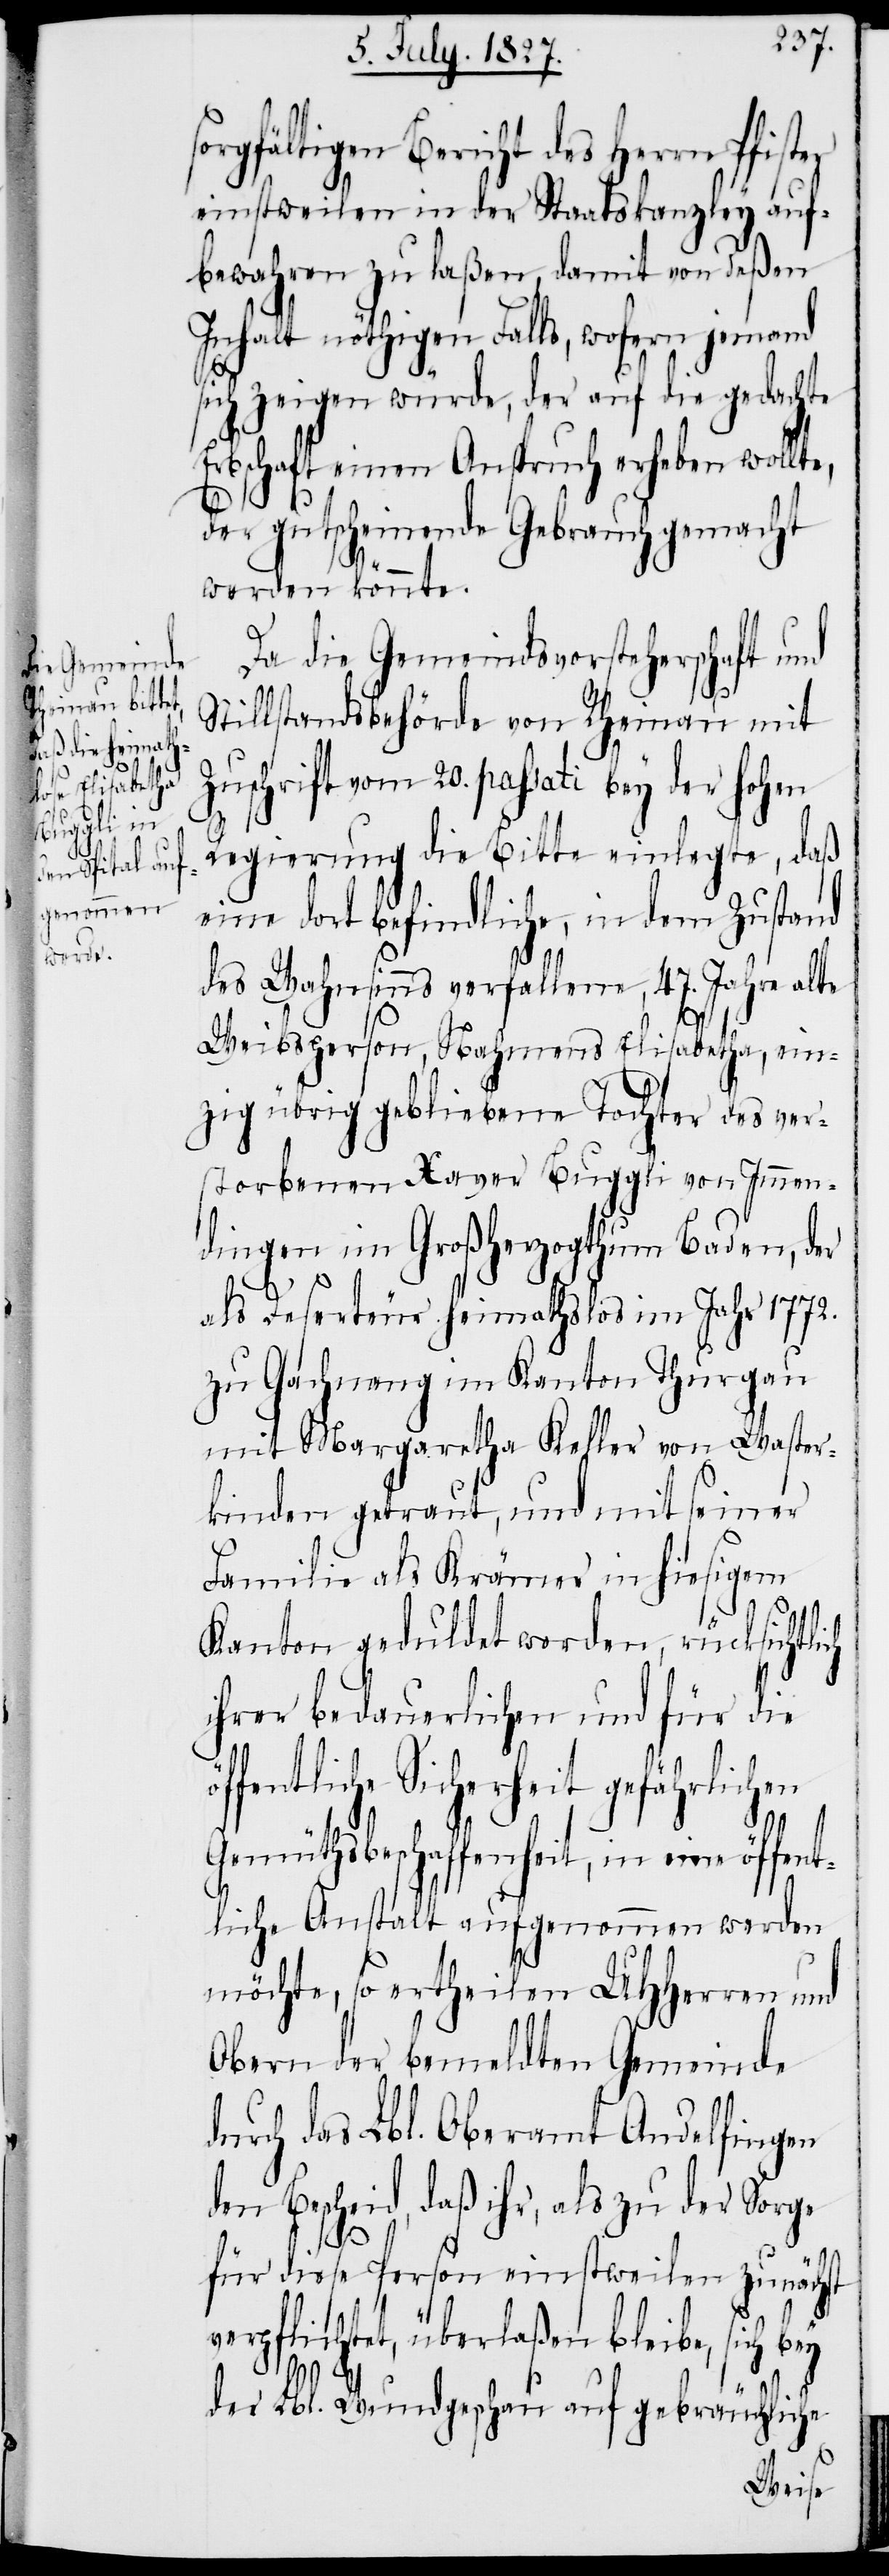
öffen¬

sorgfältigen Bericht des Herrn Pfister
einstweilen in der Staatskanzley auf¬
bewahren zu laßen, damit von deßen
Inhalt nöthigen Falls, wofern jemand
ch
sich zeigen würde, der auf die gedachte
Erbschaft einen Anspruch erheben wollte,
der gutscheinende Gebrauch gemacht
werden könnte.
Da die Gemeindsvorsteherschaft und
Stillstandsbehörde von Rheinau mit
Zuschrift vom 20. passati bey der hohen
Regierung die Bitte einlegte, daß
eine dort befindliche, in dem Zustand
des Wahnsinns verfallene 47. Jahre alte
Weibsperson, Nahmens Elisabetha, ein¬
zig übrig gebliebene Tochter des ver¬
storbenen Xaver Buggli von Immen¬
dingen im Großherzogthum Baden, der
als Deserteur heimathslos im Jahr 1771.
zu Gachnang im Kanton Thurgau
mit Margaretha Keller von Waster¬
kinden getraut, und mit seiner
Familie als Krämer in hiesigem
Kanton geduldet worden, rücksichtli¬
ihrer bedauerlichen und für die
fentliche Sicherheit gef¬
Gemüthsbeschaffenheit, in eine
tliche Anstalt aufgenommen werden
möchte, so ertheilen UHHerren und
Obern der bemeldten Gemeinde
durch das Lbl. Oberamt Andelfingen
den Bescheid, daß ihr, als zu der Sorge
für diese Person einstweilen zunächst
verpflichtet, überlaßen bleibe, sich bey
öf¬
der Lbl. Wundschau auf gebräuchliche